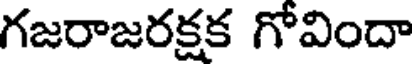
గజరాజరక్షక గోవిందా